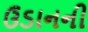
ઉડાનની